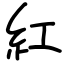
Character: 紅